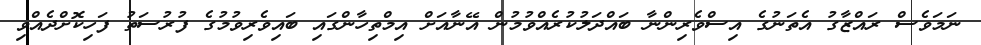
ނަމަވެސް ރައްޒާގު އެތަނުގެ އިސްވެރިންނާ ބައްދަލުކުރެއްވުމުން އޭނާއަށް އިމްތިހާންގައި ބައިވެރިވުމުގެ ފުރުސަތު ފަހިކޮށްދެއްވި